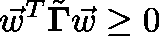
\vec { w } ^ { T } \tilde { \mathbf { \Gamma } } \vec { w } \ge 0